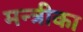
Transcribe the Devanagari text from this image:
मन्त्रीका